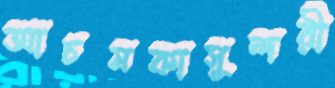
আচমকাসুন্দরী